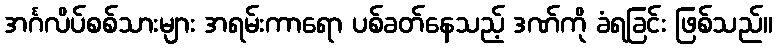
အင်္ဂလိပ်စစ်သားများ အရမ်းကာရော ပစ်ခတ်နေသည့် ဒဏ်ကို ခံရခြင်း ဖြစ်သည်။